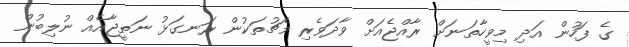
ގެ ފަހުން އަދި މިވީހާތަނަށް ރާއްޖެއަށް ވާދަވެރި މެޗުތަކުން ރަނގަޅު ނަތީޖާއެއް ނުލިބުން